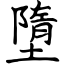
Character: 墮